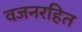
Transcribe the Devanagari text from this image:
वजनरहित